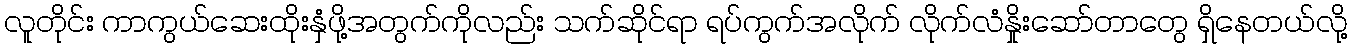
လူတိုင်း ကာကွယ်ဆေးထိုးနှံဖို့အတွက်ကိုလည်း သက်ဆိုင်ရာ ရပ်ကွက်အလိုက် လိုက်လံနှိုးဆော်တာတွေ ရှိနေတယ်လို့